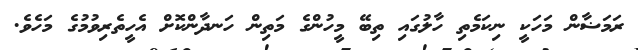
ރަމަޟާން މަހަކީ ނިކަމެތި ހާލުގައި ތިބޭ މީހުންގެ މަތިން ހަނދާންކޮށް އެހީތެރިވުމުގެ މަހެވެ.